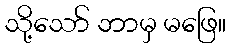
သို့သော် ဘာမှ မဖြေ။